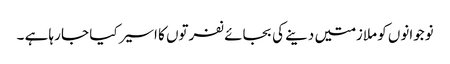
نوجوانوں کو ملازمتیں دینے کی بجائے نفرتوں کا اسیر کیا جا رہا ہے ۔